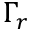
\Gamma _ { r }